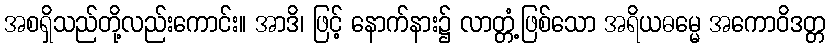
အစရှိသည်တို့လည်းကောင်း။ အာဒိ၊ ဖြင့် နောက်နား၌ လာတ္တံ့ဖြစ်သော အရိယဓမ္မေ အကောဝိဒတ္တ